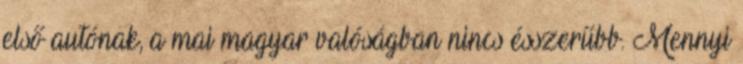
első autónak, a mai magyar valóságban nincs ésszerűbb. Mennyi